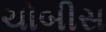
ચોબીસ